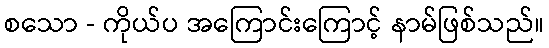
စသော - ကိုယ်ပ အကြောင်းကြောင့် နာမ်ဖြစ်သည်။